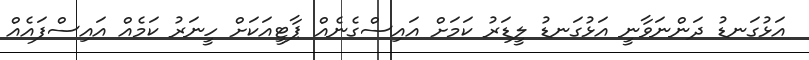
އަޅުގަނޑު ދަންނަވާނީ އަޅުގަނޑު ލީޑަރު ކަމަށް އައިސްގެނެއް ޕާޓީއަކަށް ހީނަރު ކަމެއް އައިސްފައެއް